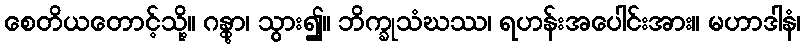
စေတိယတောင့်သို့။ ဂန္တွာ၊ သွား၍။ ဘိက္ခုသံဃဿ၊ ရဟန်းအပေါင်းအား။ မဟာဒါနံ၊